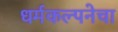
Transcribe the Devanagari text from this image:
धर्मकल्पनेचा